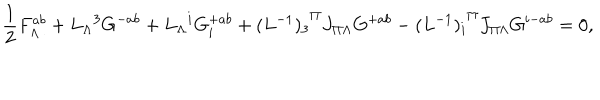
LaTeX: { \frac { 1 } { 2 } } F _ { \Lambda } ^ { a b } + { L _ { \Lambda } } ^ { 3 } G ^ { - a b } + { L _ { \Lambda } } ^ { i } G _ { i } ^ { + a b } + { ( L ^ { - 1 } ) _ { 3 } } ^ { \Pi } J _ { \Pi \Lambda } G ^ { + a b } - { ( L ^ { - 1 } ) _ { i } } ^ { \Pi } J _ { \Pi \Lambda } G ^ { i - a b } = 0 ,